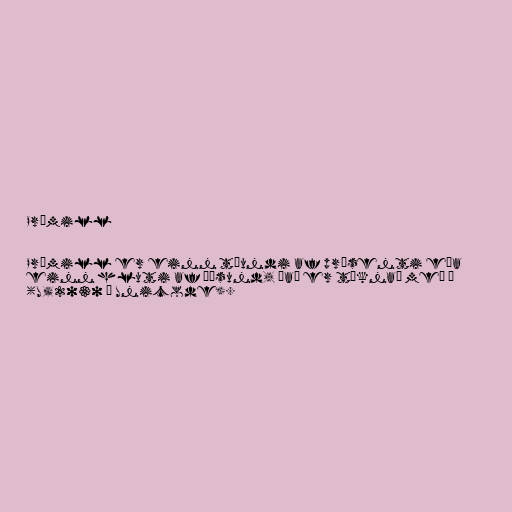
Prómill

Prómill er einn tíundi af prósenti eða
einn hluti af þúsund, það er táknað með ‰
(U+2030 í Unicode).